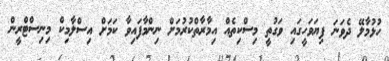
ހުޅުމާލޭ ދެވަނަ ފިޔަވަހީގައި ވަގުތީ މިސްކިތެއް އިމާރާތްކުރުމަށް ނިންމާފައިވާ ކަމަށް އިސްލާމިކް މިނިސްޓްރީން